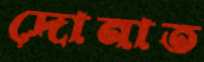
দোনাত